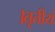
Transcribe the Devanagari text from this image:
।तृतीयं